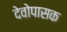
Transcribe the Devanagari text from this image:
देवोपासक